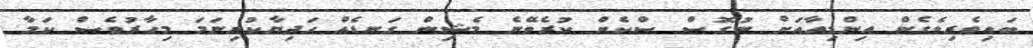
ބައިވެރިވެގެން އިންޑިއާއަށް ނުގޮސް ސްކެން ކުރެވޭނެ މެޝިން ގަނޑެއް ހަދިޔާކުރިނަމަ މިހާރުވެސް ކަމާ